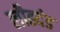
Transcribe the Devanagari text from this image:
लौह्दंड